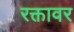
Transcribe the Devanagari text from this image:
रक्तावर